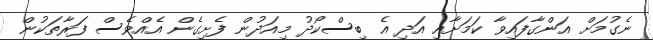
ނެގުމަށް އަންގާފައިވާ ކަމަށާއި އަދި އެ ބިސްކޯދު މިއަދުން ފެށިގެން އެއްވެސް ފަރާތަކުން